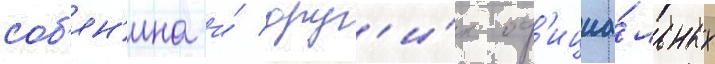
соб'ян'ина и́ друг'и́х оф'ициа́льных